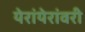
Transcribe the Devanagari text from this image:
येरांयेरांवरी